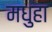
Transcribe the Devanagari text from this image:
मधुहा